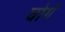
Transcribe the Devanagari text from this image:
चोगें